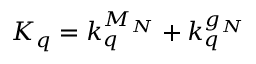
K _ { q } = k _ { q } ^ { M _ { N } } + k _ { q } ^ { g _ { N } }